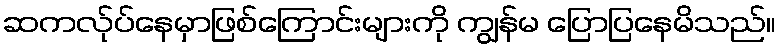
ဆကလ်ုပ်နေမှာဖြစ်ကြောင်းများကို ကျွန်မ ပြောပြနေမိသည်။